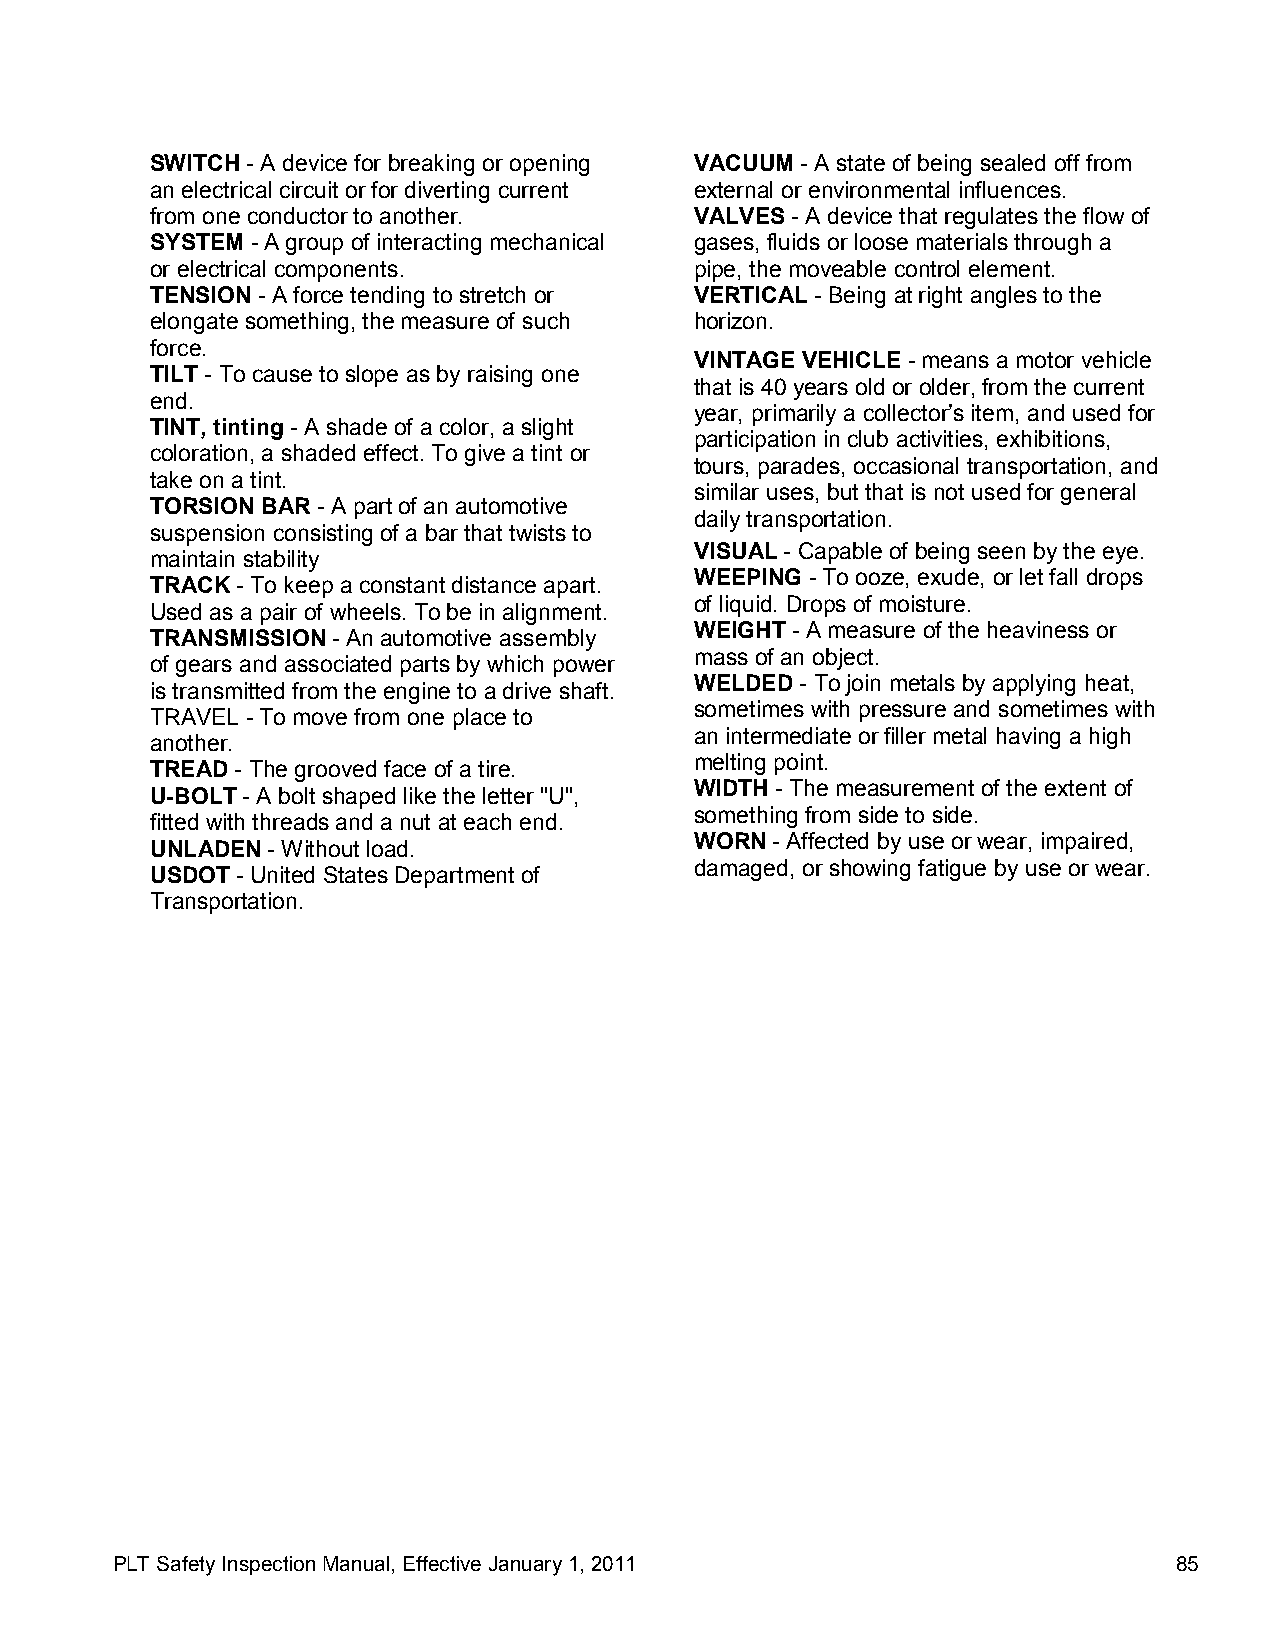
SWITCH - A device for breaking or opening VACUUM - A state of being sealed off from
 an electrical circuit or for diverting current external or environmental influences.
 from one conductor to another.      VALVES - A device that regulates the flow of
 SYSTEM - A group of interacting mechanical gases, fluids or loose materials through a
 or electrical components.           pipe, the moveable control element.
 TENSION - A force tending to stretch or VERTICAL - Being at right angles to the
 elongate something, the measure of such horizon.
 force.
 VINTAGE VEHICLE - means a motor vehicle
 TILT - To cause to slope as by raising one
 that is 40 years old or older, from the current
 end.
 year, primarily a collector’s item, and used for
 TINT, tinting - A shade of a color, a slight
 participation in club activities, exhibitions,
 coloration, a shaded effect. To give a tint or
 tours, parades, occasional transportation, and
 take on a tint.
 similar uses, but that is not used for general
 TORSION BAR - A part of an automotive
 daily transportation.
 suspension consisting of a bar that twists to
 VISUAL - Capable of being seen by the eye.
 maintain stability
 WEEPING - To ooze, exude, or let fall drops
 TRACK - To keep a constant distance apart.
 of liquid. Drops of moisture.
 Used as a pair of wheels. To be in alignment.
 WEIGHT - A measure of the heaviness or
 TRANSMISSION - An automotive assembly
 mass of an object.
 of gears and associated parts by which power
 WELDED - To join metals by applying heat,
 is transmitted from the engine to a drive shaft.
 sometimes with pressure and sometimes with
 TRAVEL - To move from one place to
 an intermediate or filler metal having a high
 another.
 melting point.
 TREAD - The grooved face of a tire.
 WIDTH - The measurement of the extent of
 U-BOLT - A bolt shaped like the letter "U",
 something from side to side.
 fitted with threads and a nut at each end.
 WORN - Affected by use or wear, impaired,
 UNLADEN - Without load.
 damaged, or showing fatigue by use or wear.
 USDOT - United States Department of
 Transportation.
 PLT Safety Inspection Manual, Effective January 1, 2011                85